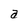
Character: a